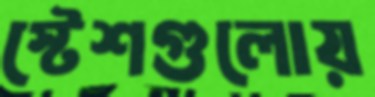
স্টেশগুলোয়